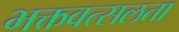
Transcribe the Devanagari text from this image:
भक्तवत्सलता